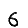
Digit: 6